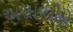
અસાવરીએ